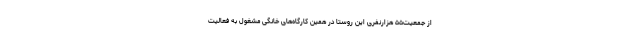
از جمعیت۵۵ هزارنفری این روستا در همین کارگاه‌های خانگی مشغول به فعالیت